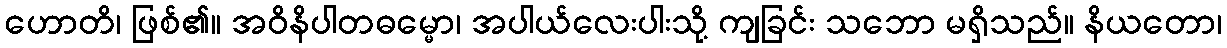
ဟောတိ၊ ဖြစ်၏။ အဝိနိပါတဓမ္မော၊ အပါယ်လေးပါးသို့ ကျခြင်း သဘော မရှိသည်။ နိယတော၊